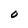
Character: O